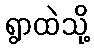
ရွာထဲသို့